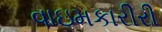
વાઇમકારીરી